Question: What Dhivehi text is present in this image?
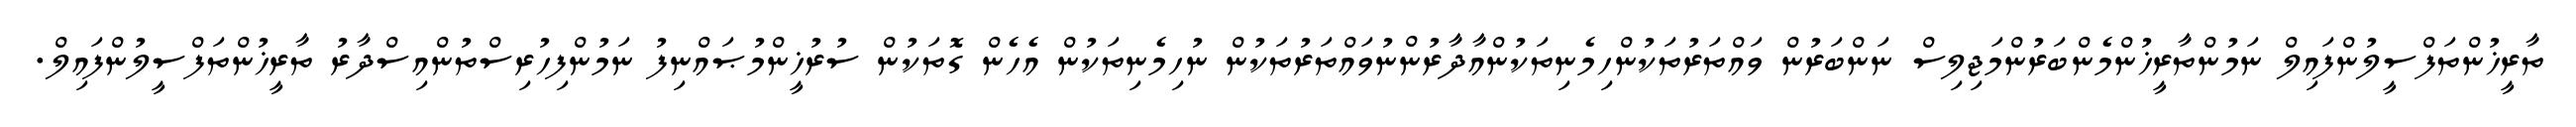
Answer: ތާރީޚުންތަފްސީލުންފައިލް ނަމުންތާރީޚުންމެންބަރުންމަޖިލިސް ނަންބަރުން ވައްތަރުތަކުންހިމެނިތަކުންއާދާރުންނުވައްތަރުތަކުން ނުހިމެނިތަކުން އެހެން ގޮތަކުން ސުރުޚީންމުޞައްނިފު ނަމުންފިހުރިސްތުންއިސްދާރު ތާރީޚުންތަފްސީލުންފައިލް.